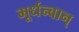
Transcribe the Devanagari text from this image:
मूर्धन्वान्